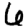
Digit: 6